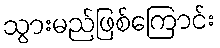
သွားမည်ဖြစ်ကြောင်း